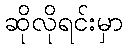
ဆိုလိုရင်းမှာ